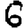
Digit: 6